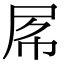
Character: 𡱃